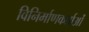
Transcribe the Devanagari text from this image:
विनिर्माणकर्ताओं